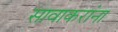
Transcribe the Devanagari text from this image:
सावाकरांना